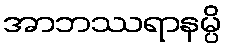
အာဘဿရာနမ္ပိ